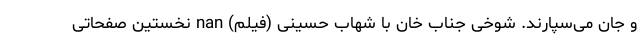
و جان می‌سپارند. شوخی جناب خان با شهاب حسینی (فیلم) nan نخستین صفحاتی